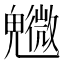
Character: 𩴰